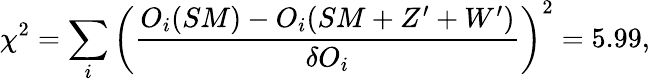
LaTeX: \chi^{2}=\sum_{i}\left(\frac{O_{i}(SM)-O_{i}(SM+Z^{\prime}+W^{\prime})}{\delta O_{i}}\right)^{2}=5.99,